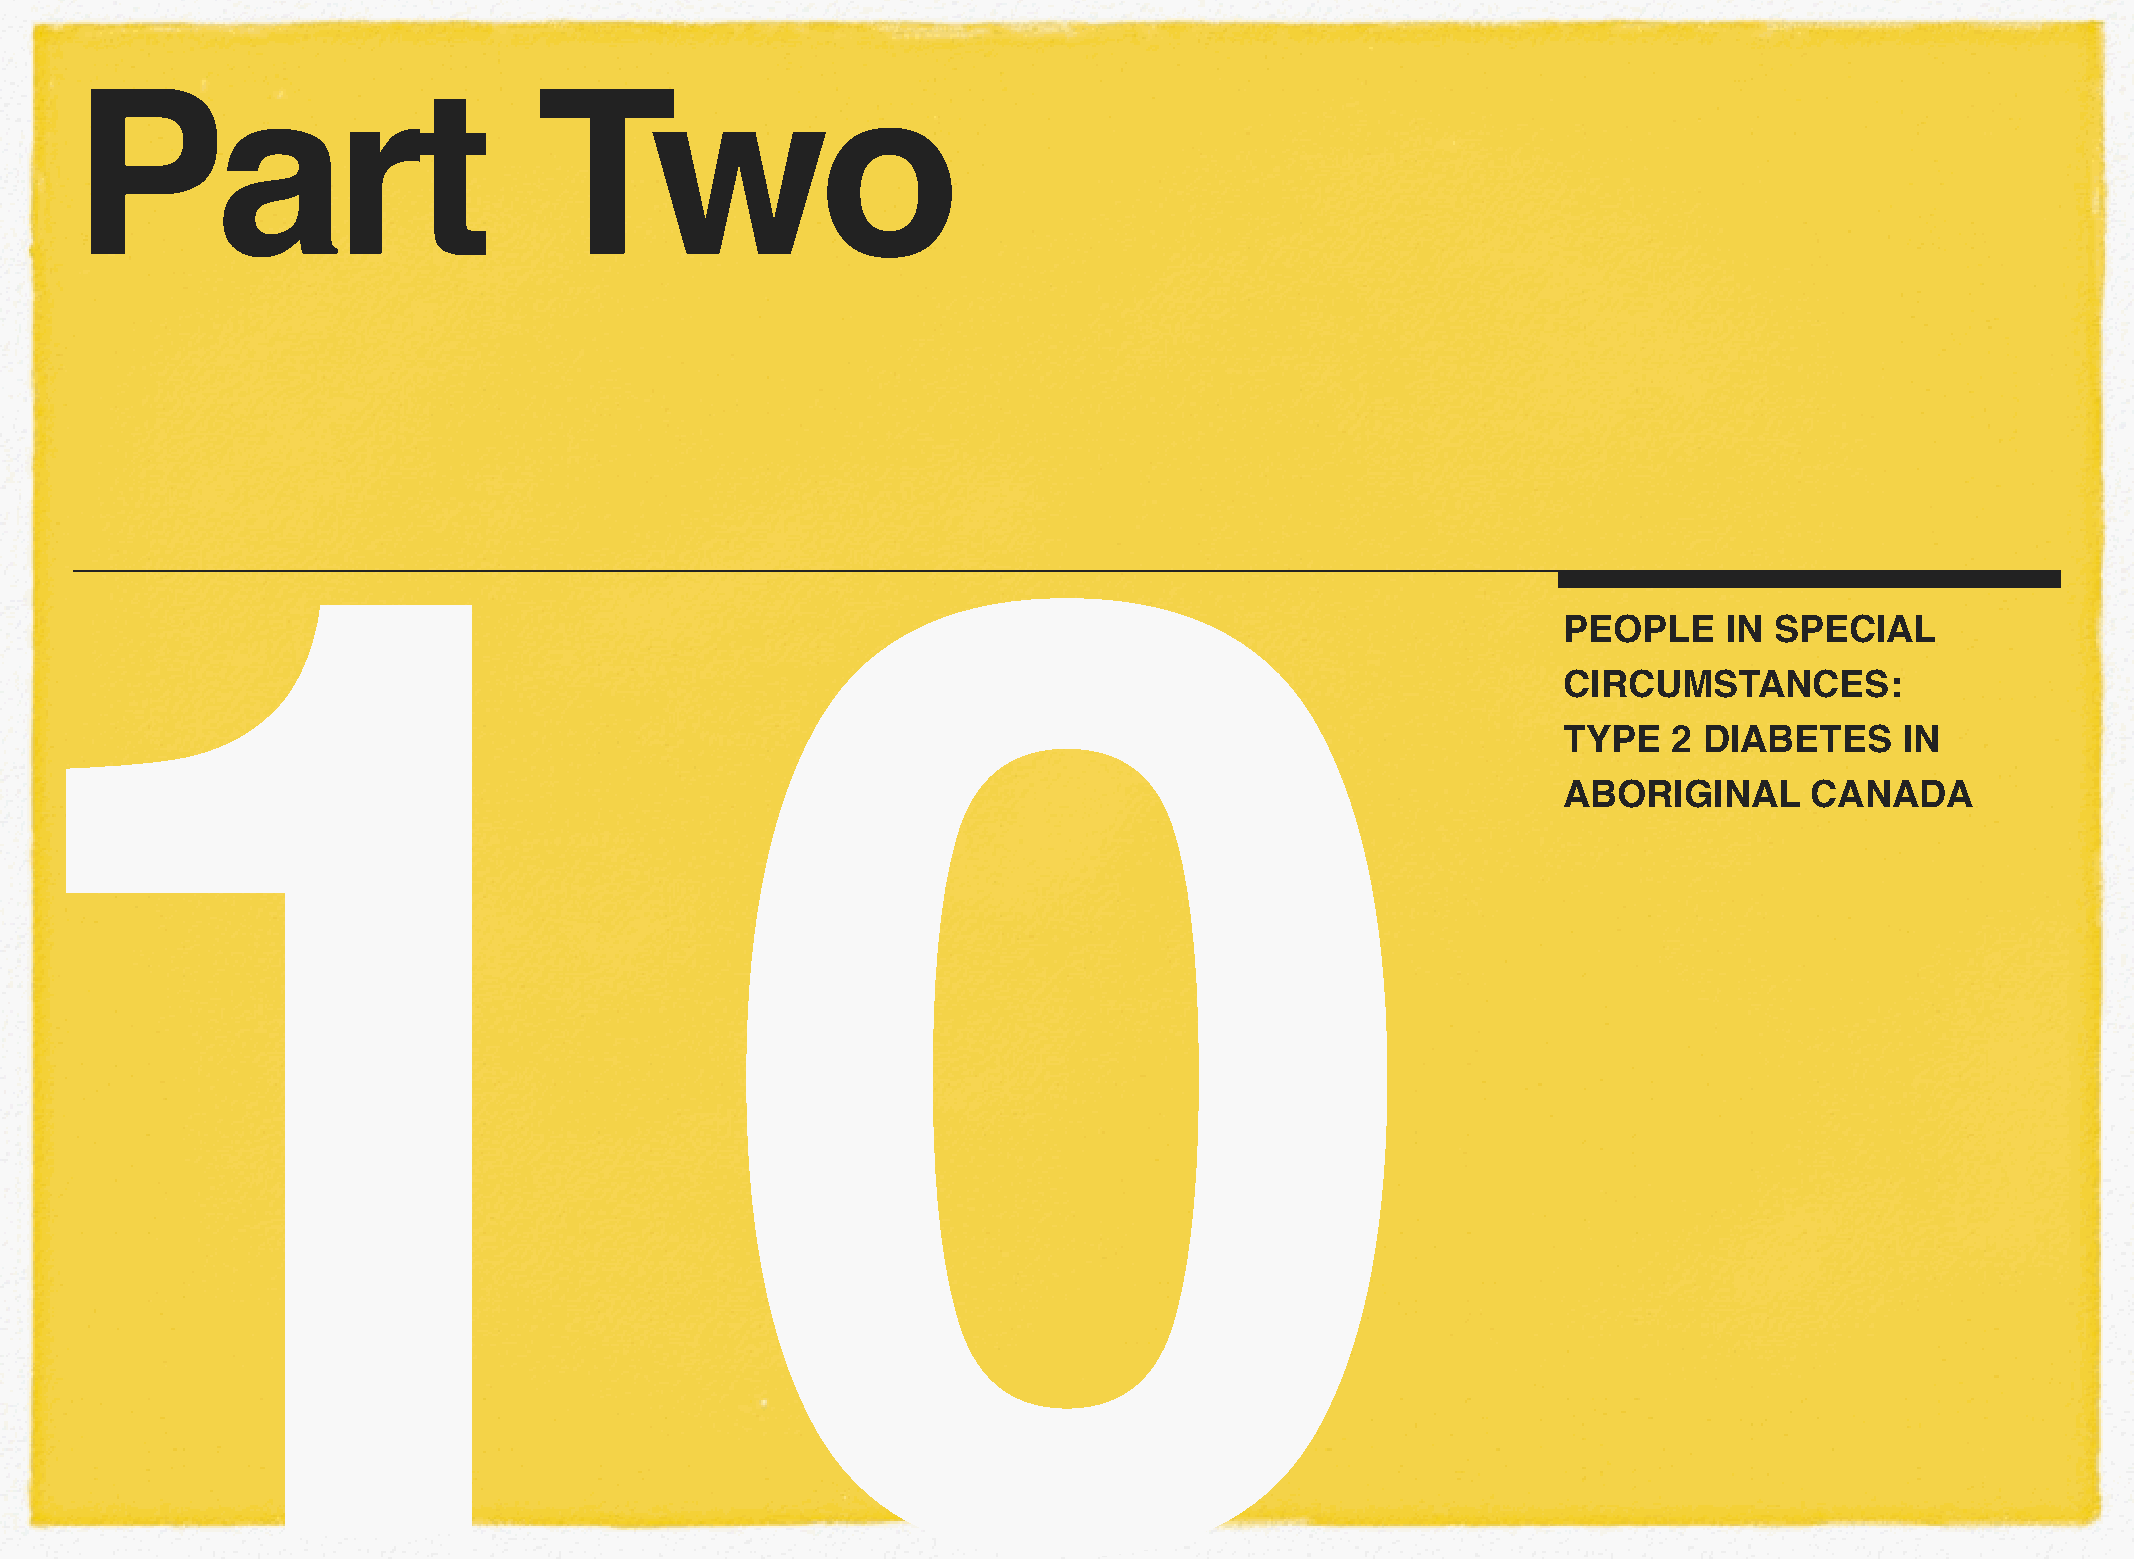
Part                           Two
 10
 PEOPLE     IN SPECIAL
 CIRCUMSTANCES:
 TYPE    2 DIABETES     IN
 ABORIGINAL       CANADA